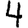
Digit: 4